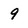
Character: 9